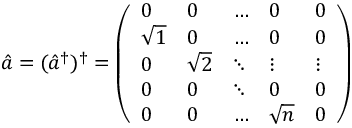
\hat { a } = ( \hat { a } ^ { \dagger } ) ^ { \dagger } = \left( \begin{array} { l l l l l } { 0 } & { 0 } & { \dots } & { 0 } & { 0 } \\ { \sqrt { 1 } } & { 0 } & { \dots } & { 0 } & { 0 } \\ { 0 } & { \sqrt { 2 } } & { \ddots } & { \vdots } & { \vdots } \\ { 0 } & { 0 } & { \ddots } & { 0 } & { 0 } \\ { 0 } & { 0 } & { \dots } & { \sqrt { n } } & { 0 } \end{array} \right)